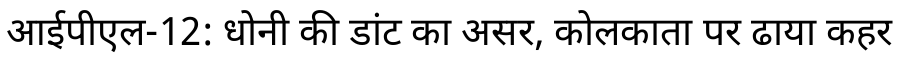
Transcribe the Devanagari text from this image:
आईपीएल-12: धोनी की डांट का असर, कोलकाता पर ढाया कहर